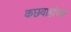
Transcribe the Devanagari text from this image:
कछवाहांच्या